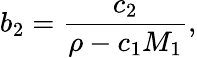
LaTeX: b_{2}={\frac{c_{2}}{\rho-c_{1}M_{1}}},